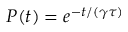
P ( t ) = e ^ { - t / ( \gamma \tau ) }